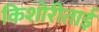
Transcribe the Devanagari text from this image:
किशोरीताई